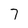
Character: 7